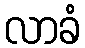
လာခံ